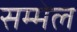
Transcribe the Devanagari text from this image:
सम्‍मेल